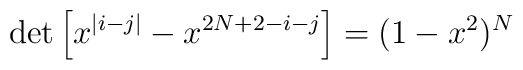
\det\left[x^{|i-j|}-x^{2N+2-i-j}\right]=(1-x^{2})^{N}